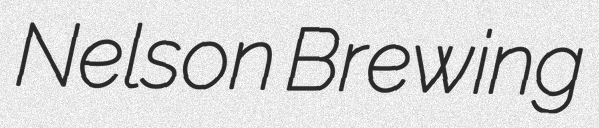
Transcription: Nelson Brewing